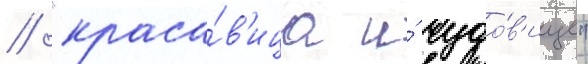
// "краса́в'ица и́ чудо́в'ище"